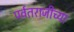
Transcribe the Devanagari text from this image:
पर्वतराजीच्या